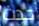
حدث